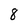
Character: 8